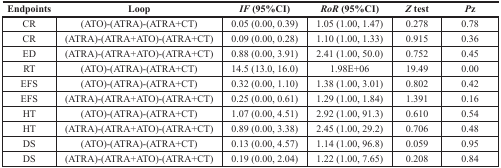
<table><thead><tr><td><b>Endpoints</b></td><td><b>Loop</b></td><td><b><i>IF</i>(95%CI)</b></td><td><b><i>RoR</i>(95%CI)</b></td><td><b><i>Z</i> test</b></td><td><b><i>P</i> z</b></td></tr></thead><tbody><tr><td>CR</td><td>(ATO)-(ATRA)-(ATRA+CT)</td><td>0.05 (0.00, 0.39)</td><td>1.05 (1.00, 1.47)</td><td>0.278</td><td>0.78</td></tr><tr><td>CR</td><td>(ATRA)-(ATRA+ATO)-(ATRA+CT)</td><td>0.09 (0.00, 0.28)</td><td>1.10 (1.00, 1.33)</td><td>0.915</td><td>0.36</td></tr><tr><td>ED</td><td>(ATRA)-(ATRA+ATO)-(ATRA+CT)</td><td>0.88 (0.00, 3.91)</td><td>2.41 (1.00, 50.0)</td><td>0.752</td><td>0.45</td></tr><tr><td>RT</td><td>(ATO)-(ATRA)-(ATRA+CT)</td><td>14.5 (13.0, 16.0)</td><td>1.98E+06</td><td>19.49</td><td>0.00</td></tr><tr><td>EFS</td><td>(ATO)-(ATRA)-(ATRA+CT)</td><td>0.32 (0.00, 1.10)</td><td>1.38 (1.00, 3.01)</td><td>0.802</td><td>0.42</td></tr><tr><td>EFS</td><td>(ATRA)-(ATRA+ATO)-(ATRA+CT)</td><td>0.25 (0.00, 0.61)</td><td>1.29 (1.00, 1.84)</td><td>1.391</td><td>0.16</td></tr><tr><td>HT</td><td>(ATO)-(ATRA)-(ATRA+CT)</td><td>1.07 (0.00, 4.51)</td><td>2.92 (1.00, 91.3)</td><td>0.610</td><td>0.54</td></tr><tr><td>HT</td><td>(ATRA)-(ATRA+ATO)-(ATRA+CT)</td><td>0.89 (0.00, 3.38)</td><td>2.45 (1.00, 29.2)</td><td>0.706</td><td>0.48</td></tr><tr><td>DS</td><td>(ATO)-(ATRA)-(ATRA+CT)</td><td>0.13 (0.00, 4.57)</td><td>1.14 (1.00, 96.8)</td><td>0.059</td><td>0.95</td></tr><tr><td>DS</td><td>(ATRA)-(ATRA+ATO)-(ATRA+CT)</td><td>0.19 (0.00, 2.04)</td><td>1.22 (1.00, 7.65)</td><td>0.208</td><td>0.84</td></tr></tbody></table>